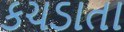
કચડાતા